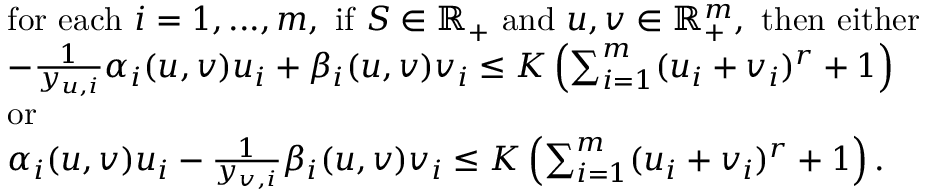
\begin{array} { l } { \mathrm { f o r ~ e a c h ~ } i = 1 , . . . , m , \mathrm { ~ i f ~ } S \in \mathbb { R } _ { + } \mathrm { ~ a n d ~ } u , v \in \mathbb { R } _ { + } ^ { m } , \mathrm { ~ t h e n ~ e i t h e r } } \\ { - \frac { 1 } { y _ { u , i } } \alpha _ { i } ( u , v ) u _ { i } + \beta _ { i } ( u , v ) v _ { i } \le K \left( \sum _ { i = 1 } ^ { m } ( u _ { i } + v _ { i } ) ^ { r } + 1 \right) } \\ { \mathrm { o r } } \\ { \alpha _ { i } ( u , v ) u _ { i } - \frac { 1 } { y _ { v , i } } \beta _ { i } ( u , v ) v _ { i } \le K \left( \sum _ { i = 1 } ^ { m } ( u _ { i } + v _ { i } ) ^ { r } + 1 \right) . } \end{array}